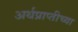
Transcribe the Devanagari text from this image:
अर्थप्राप्तीच्या